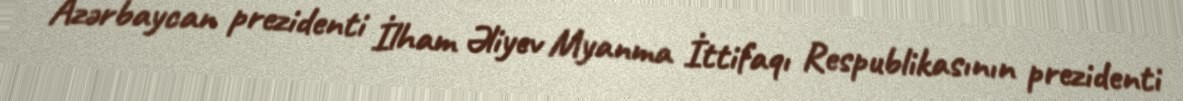
Azərbaycan prezidenti İlham Əliyev Myanma İttifaqı Respublikasının prezidenti